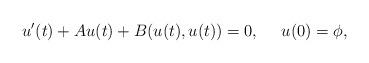
LaTeX: \begin{align*}u^\prime(t)+A u(t)+B(u(t),u(t))=0,\ \ \ \ u(0)=\phi,\end{align*}